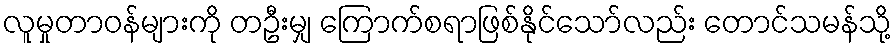
လူမှုတာဝန်များကို တဦးမျှ ကြောက်စရာဖြစ်နိုင်သော်လည်း တောင်သမန်သို့